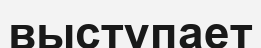
выступает